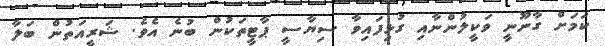
ކަމަށް ގާނޫނީ ވަކީލުންނާއި ގުޅިފައިވާ ސިޔާސީ ޕާޓީތަކުން ބުނެ އެވެ. ޝަރީއަތުން ބަލާ